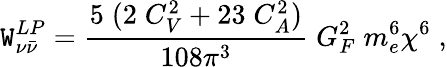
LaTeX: {\mathtt{W}}_{\nu{\bar{{\nu}}}}^{LP}=\frac{{5\; (2\; C_{V}^{2}+23\; C_{A}^{2})}}{{108\pi^{3}}}\; G_{F}^{2}\; m_{e}^{6}\chi^{6}\; ,